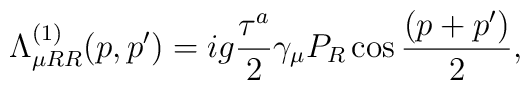
\Lambda^{(1)}_{\mu RR}(p,p') =ig{\tau^a\over2}\gamma_\mu P_R \cos{(p+p')\over2},